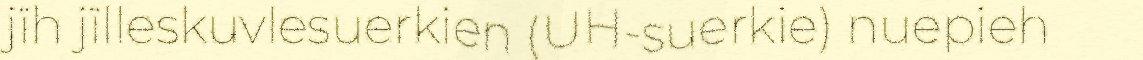
jïh jïlleskuvlesuerkien (UH-suerkie) nuepieh